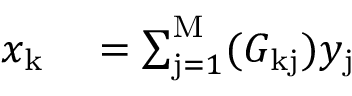
\begin{array} { r l } { x _ { \mathrm { k } } } & { { } = \sum _ { \mathrm { j } = 1 } ^ { \mathrm { M } } ( G _ { \mathrm { k j } } ) y _ { \mathrm { j } } } \end{array}